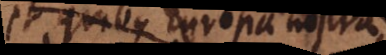
et quibus Europa nostra